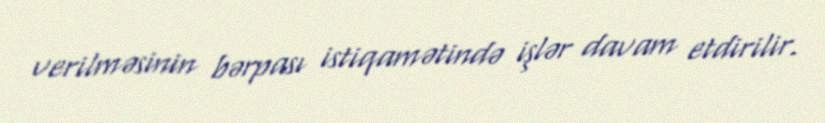
verilməsinin bərpası istiqamətində işlər davam etdirilir.